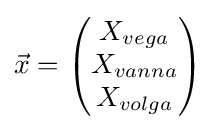
{\vec {x}}={\begin{pmatrix}X_{vega}\\X_{vanna}\\X_{volga}\end{pmatrix}}